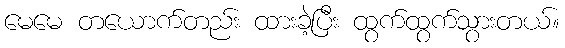
မေမေ တယောက်တည်း ထားခဲ့ပြီး ထွက်ထွက်သွားတယ်။